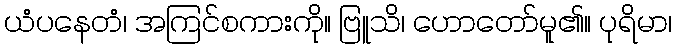
ယံပနေတံ၊ အကြင်စကားကို။ ဗြူသိ၊ ဟောတော်မူ၏။ ပုရိမာ၊